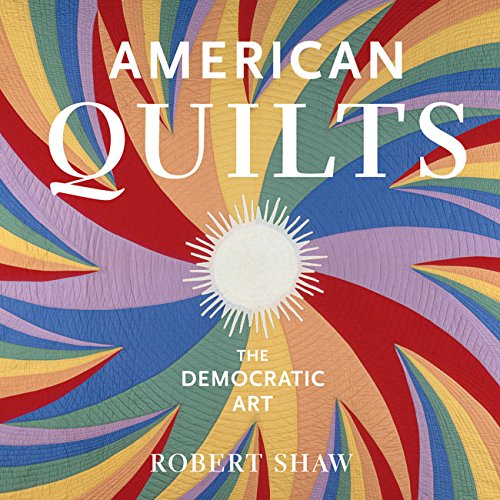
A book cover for American Quilts: The Democratic Art; Robert Shaw; Humor & Entertainment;